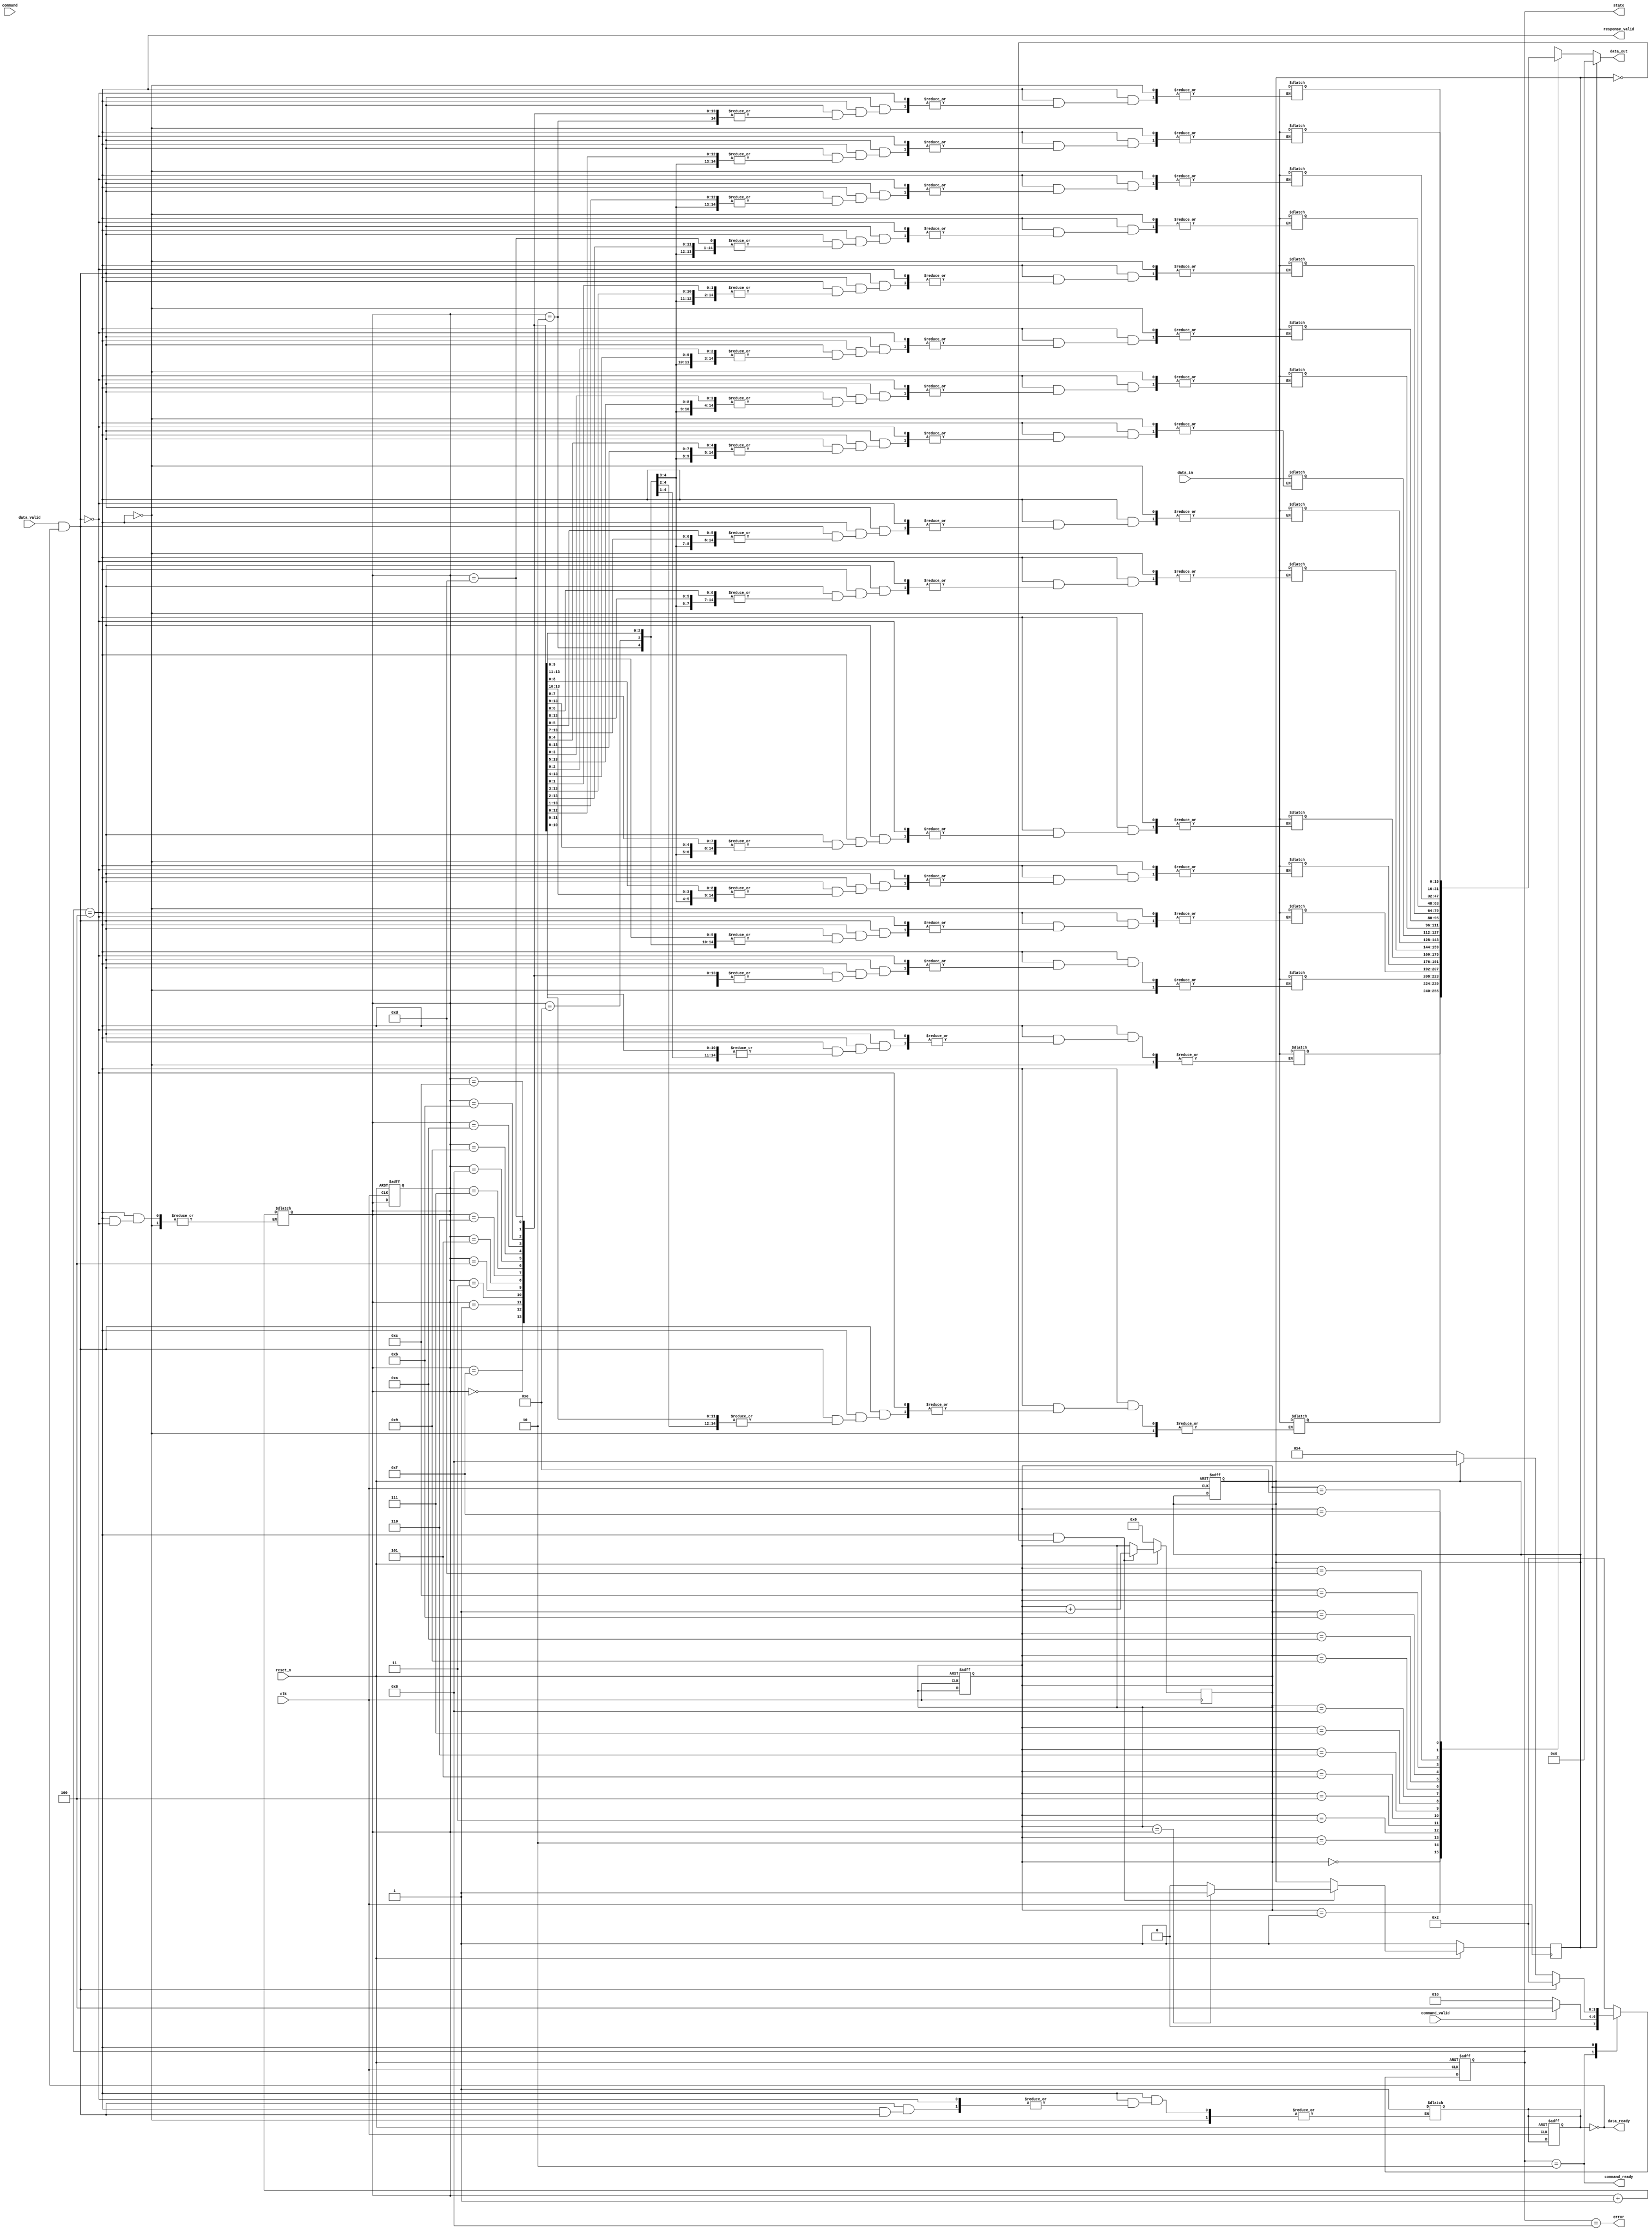
module ufs_io_block #(
    parameter DATA_WIDTH = 16,
    parameter FIFO_DEPTH = 16,
    parameter LANE_COUNT = 2
) (
    input wire clk,
    input wire reset_n,
    input wire [DATA_WIDTH-1:0] data_in,
    input wire data_valid,
    output wire data_ready,
    output wire [DATA_WIDTH-1:0] data_out,
    output wire response_valid,
    input wire command_valid,
    input wire [DATA_WIDTH-1:0] command,
    output wire command_ready,
    output wire error,
    output wire [3:0] state
);
    
    // States
    localparam INIT = 4'b0001;
    localparam IDLE = 4'b0010;
    localparam DATA_TRANSFER = 4'b0100;
    localparam ERROR_STATE = 4'b1000;

    reg [3:0] current_state, next_state;

    // FIFO Buffer
    reg [DATA_WIDTH-1:0] fifo [0:FIFO_DEPTH-1];
    reg [3:0] fifo_head, fifo_tail;
    reg fifo_full, fifo_empty;

    // State Machine
    always @(posedge clk or negedge reset_n) begin
        if (!reset_n) begin
            current_state <= INIT;
            fifo_head <= 0;
            fifo_tail <= 0;
            fifo_full <= 0;
            fifo_empty <= 1;
        end else begin
            current_state <= next_state;
        end
    end

    // State Transition Logic
    always @(*) begin
        case (current_state)
            INIT: begin
                next_state = IDLE;
            end
            IDLE: begin
                if (command_valid) begin
                    next_state = DATA_TRANSFER;
                end else begin
                    next_state = IDLE;
                end
            end
            DATA_TRANSFER: begin
                if (data_valid && !fifo_full) begin
                    fifo[fifo_head] = data_in;
                    fifo_head = fifo_head + 1;
                    if (fifo_head == FIFO_DEPTH) begin
                        fifo_full = 1;
                    end
                    next_state = IDLE;
                end else if (fifo_empty) begin
                    next_state = ERROR_STATE;
                end else begin
                    next_state = DATA_TRANSFER;
                end
            end
            ERROR_STATE: begin
                // Handle error
                next_state = IDLE; // Reset to IDLE after error handling
            end
            default: next_state = IDLE;
        endcase
    end

    // FIFO Logic
    assign data_ready = !fifo_full;
    assign response_valid = (current_state == DATA_TRANSFER);
    assign command_ready = (current_state == IDLE);
    assign error = (current_state == ERROR_STATE);
    
    // Output Data Logic
    assign data_out = (fifo_empty) ? 0 : fifo[fifo_tail];
    always @(posedge clk) begin
        if (!reset_n) begin
            fifo_tail <= 0;
            fifo_empty <= 1;
        end else if (current_state == DATA_TRANSFER && !fifo_empty) begin
            fifo_tail <= fifo_tail + 1;
            if (fifo_tail == fifo_head) begin
                fifo_empty <= 1;
            end else begin
                fifo_empty <= 0;
            end
        end
    end

    // Output current state for debugging
    assign state = current_state;

endmodule